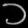
Digit: ၁